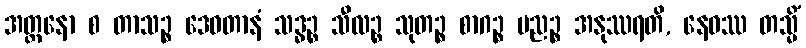
အတ္တနော စ တာသဉ္စ ဒေဝတာနံ သဒ္ဓဉ္စ သီလဉ္စ သုတဉ္စ စာဂဉ္စ ပညဉ္စ အနုဿရတိ, နေဝဿ တသ္မိံ